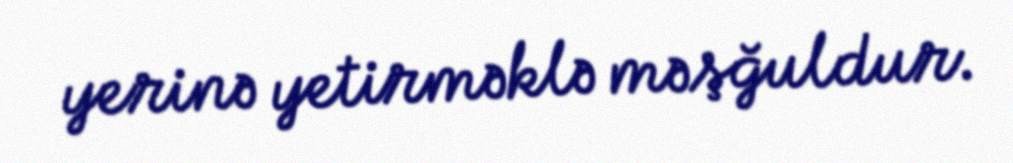
yerinə yetirməklə məşğuldur.